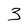
Character: 3